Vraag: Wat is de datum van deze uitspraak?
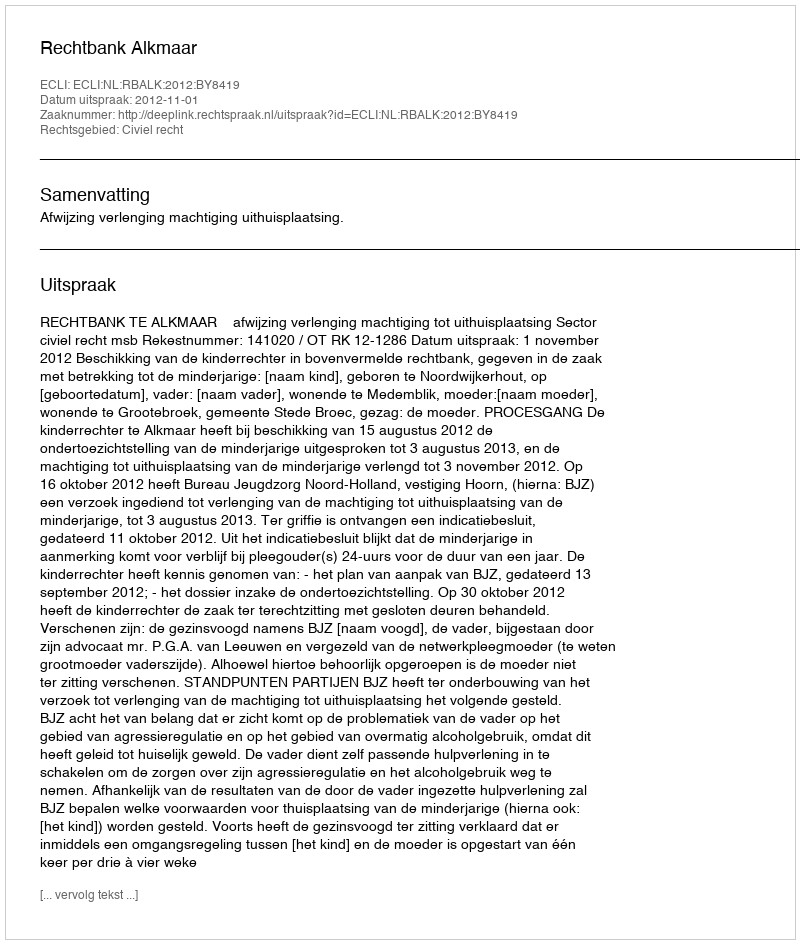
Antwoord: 2012-11-01